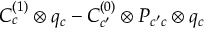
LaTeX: C _ { c } ^ { ( 1 ) } \otimes q _ { c } - C _ { c ^ { \prime } } ^ { ( 0 ) } \otimes P _ { c ^ { \prime } c } \otimes q _ { c }